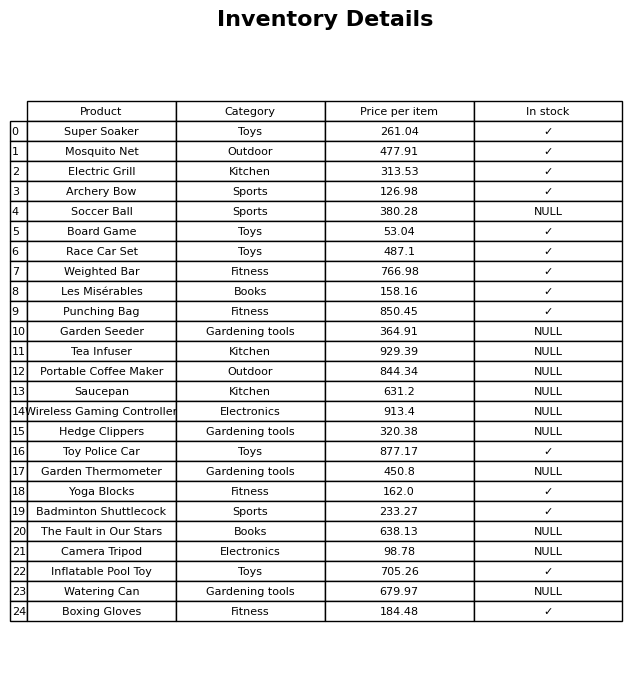
question: Is the Mosquito Net in stock?
answer: ✓